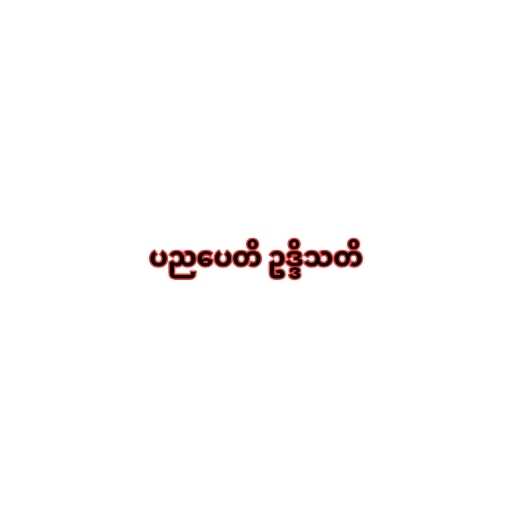
ပညပေတိ ဥဒ္ဒိသတိ